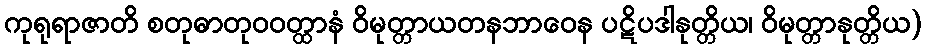
ကုရုရာဇာတိ စတုဓာတုဝဝတ္ထာနံ ဝိမုတ္တာယတနဘာဝေန ပဋိပဒါနုတ္တိယ၊ ဝိမုတ္တာနုတ္တိယ)